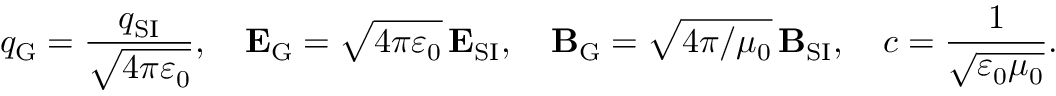
q _ { \mathrm { G } } = { \frac { q _ { \mathrm { S I } } } { \sqrt { 4 \pi \varepsilon _ { 0 } } } } , \quad \mathbf { E } _ { \mathrm { G } } = { \sqrt { 4 \pi \varepsilon _ { 0 } } } \, \mathbf { E } _ { \mathrm { S I } } , \quad \mathbf { B } _ { \mathrm { G } } = { \sqrt { 4 \pi / \mu _ { 0 } } } \, { \mathbf { B } _ { \mathrm { S I } } } , \quad c = { \frac { 1 } { \sqrt { \varepsilon _ { 0 } \mu _ { 0 } } } } .